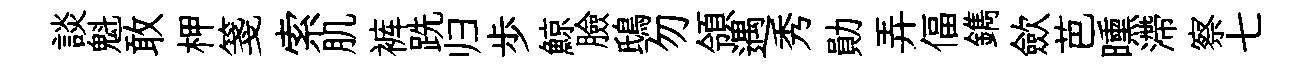
談魁敢柙箋索肌裤跣归歩鯨臉鴟勿領遇秀勛弄偪鐫歛芭曛滯察七